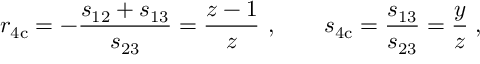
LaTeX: r _ { \mathrm { 4 c } } = - \frac { s _ { 1 2 } + s _ { 1 3 } } { s _ { 2 3 } } = \frac { z - 1 } { z } \ , \qquad s _ { \mathrm { 4 c } } = \frac { s _ { 1 3 } } { s _ { 2 3 } } = \frac { y } { z } \; ,